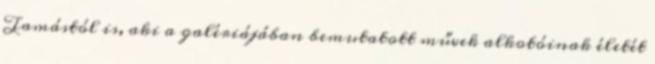
Tamástól is, aki a galériájában bemutatott művek alkotóinak életét